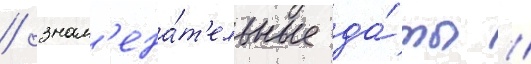
/ знам'ена́т'ельные да́ты /